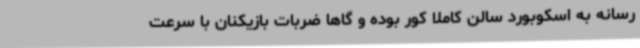
رسانه به اسکوبورد سالن کاملا کور بوده و گاها ضربات بازیکنان با سرعت